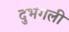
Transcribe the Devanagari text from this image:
दुभंगली